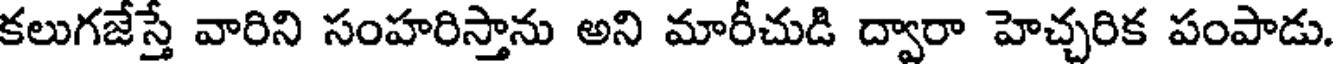
కలుగజేస్తే వారిని సంహరిస్తాను అని మారీచుడి ద్వారా హెచ్చరిక పంపాడు.